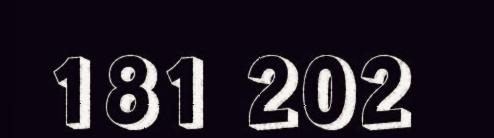
181 202